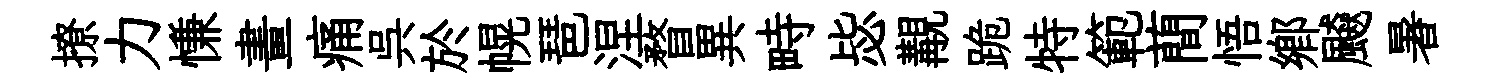
撩力慊畫痛呉於幌琶涅瞀異畤毖覯跪特範蕳悟鄕飇暑